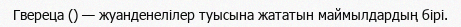
Гвереца () — жуанденелілер туысына жататын маймылдардың бірі.